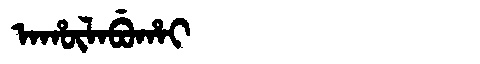
Manchu: ᠠᡥᡡᠯᠠᠪᡠᡥᠠᡳ
Romanization: AHŪLABUHAI